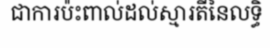
ជាការប៉ះពាល់ដល់ស្មារតីនៃលទ្ធិ